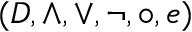
( D , \land , \lor , \lnot , \circ , e )